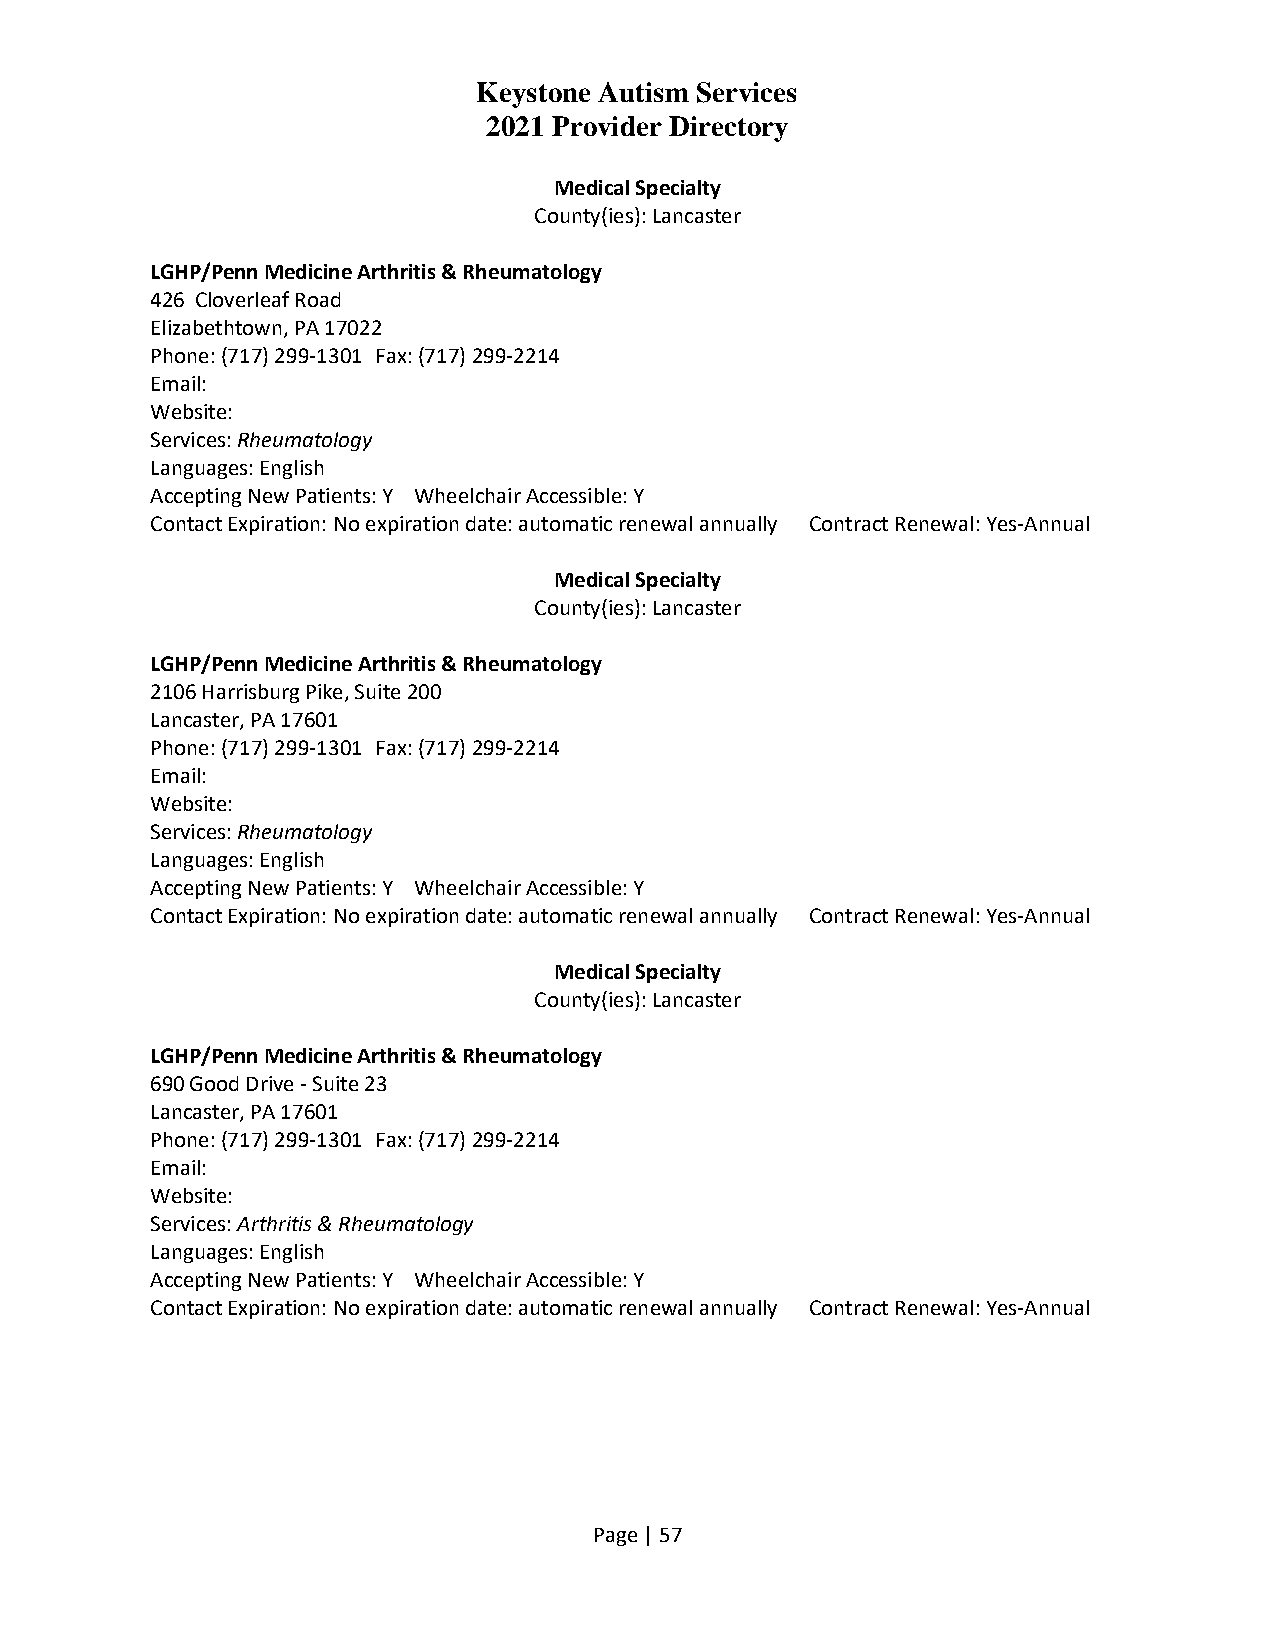
Keystone Autism Services
 2021 Provider Directory
 Medical Specialty
 County(ies): Lancaster
 LGHP/Penn Medicine Arthritis & Rheumatology
 426 Cloverleaf Road
 Elizabethtown, PA 17022
 Phone: (717) 299-1301 Fax: (717) 299-2214
 Email:
 Website:
 Services: Rheumatology
 Languages: English
 Accepting New Patients: Y Wheelchair Accessible: Y
 Contact Expiration: No expiration date: automatic renewal annually Contract Renewal: Yes-Annual
 Medical Specialty
 County(ies): Lancaster
 LGHP/Penn Medicine Arthritis & Rheumatology
 2106 Harrisburg Pike, Suite 200
 Lancaster, PA 17601
 Phone: (717) 299-1301 Fax: (717) 299-2214
 Email:
 Website:
 Services: Rheumatology
 Languages: English
 Accepting New Patients: Y Wheelchair Accessible: Y
 Contact Expiration: No expiration date: automatic renewal annually Contract Renewal: Yes-Annual
 Medical Specialty
 County(ies): Lancaster
 LGHP/Penn Medicine Arthritis & Rheumatology
 690 Good Drive - Suite 23
 Lancaster, PA 17601
 Phone: (717) 299-1301 Fax: (717) 299-2214
 Email:
 Website:
 Services: Arthritis & Rheumatology
 Languages: English
 Accepting New Patients: Y Wheelchair Accessible: Y
 Contact Expiration: No expiration date: automatic renewal annually Contract Renewal: Yes-Annual
 Page | 57